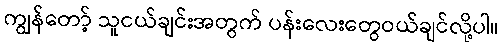
ကျွန်တော့် သူငယ်ချင်းအတွက် ပန်းလေးတွေဝယ်ချင်လို့ပါ။